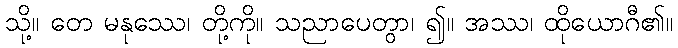
သို့။ တေ မနုဿေ၊ တို့ကို။ သညာပေတွာ၊ ၍။ အဿ၊ ထိုယောဂီ၏။